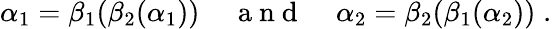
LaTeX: \alpha_{1}=\beta_{1}(\beta_{2}(\alpha_{1}))\; \; \; \; {\mathrm{~a~n~d~}}\; \; \; \; \alpha_{2}=\beta_{2}(\beta_{1}(\alpha_{2}))\; .